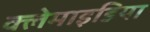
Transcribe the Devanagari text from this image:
क्लेमाइडिया